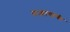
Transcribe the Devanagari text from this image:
पऱ्यायांची